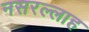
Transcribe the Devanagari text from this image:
नसरल्लाह